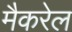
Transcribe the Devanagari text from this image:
मैकरेल